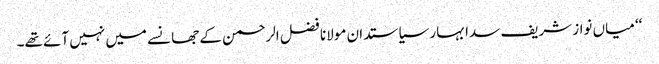
‘‘ میاں نواز شریف سدا بہار سیاستدان مولانا فضل الرحمن کے جھانسے میں نہیں آئے تھے۔